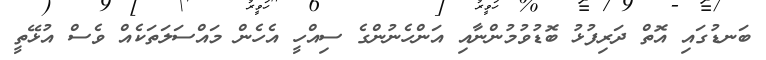
ބަނޑުގައި އޮތް ދަރިފުޅު ބޮޑުވުމުންނާއި އަންހެނުންގެ ސިއްހީ އެހެން މައްސަލަތަކެއް ވެސް އުޅޭތީ